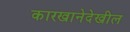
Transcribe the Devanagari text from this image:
कारखानेदेखील